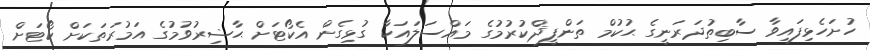
ހުށަހެޅިފައިވާ ސާބިތުދަރަނީގެ ޙުކުމް ތަންފީޛްކުރުމުގެ މައްސަލައަކާ ގުޅިގެން އެކޯޓަށް ޙާޟިރުވުމުގެ އަމުރަތަކަށް ކޯޓަށް